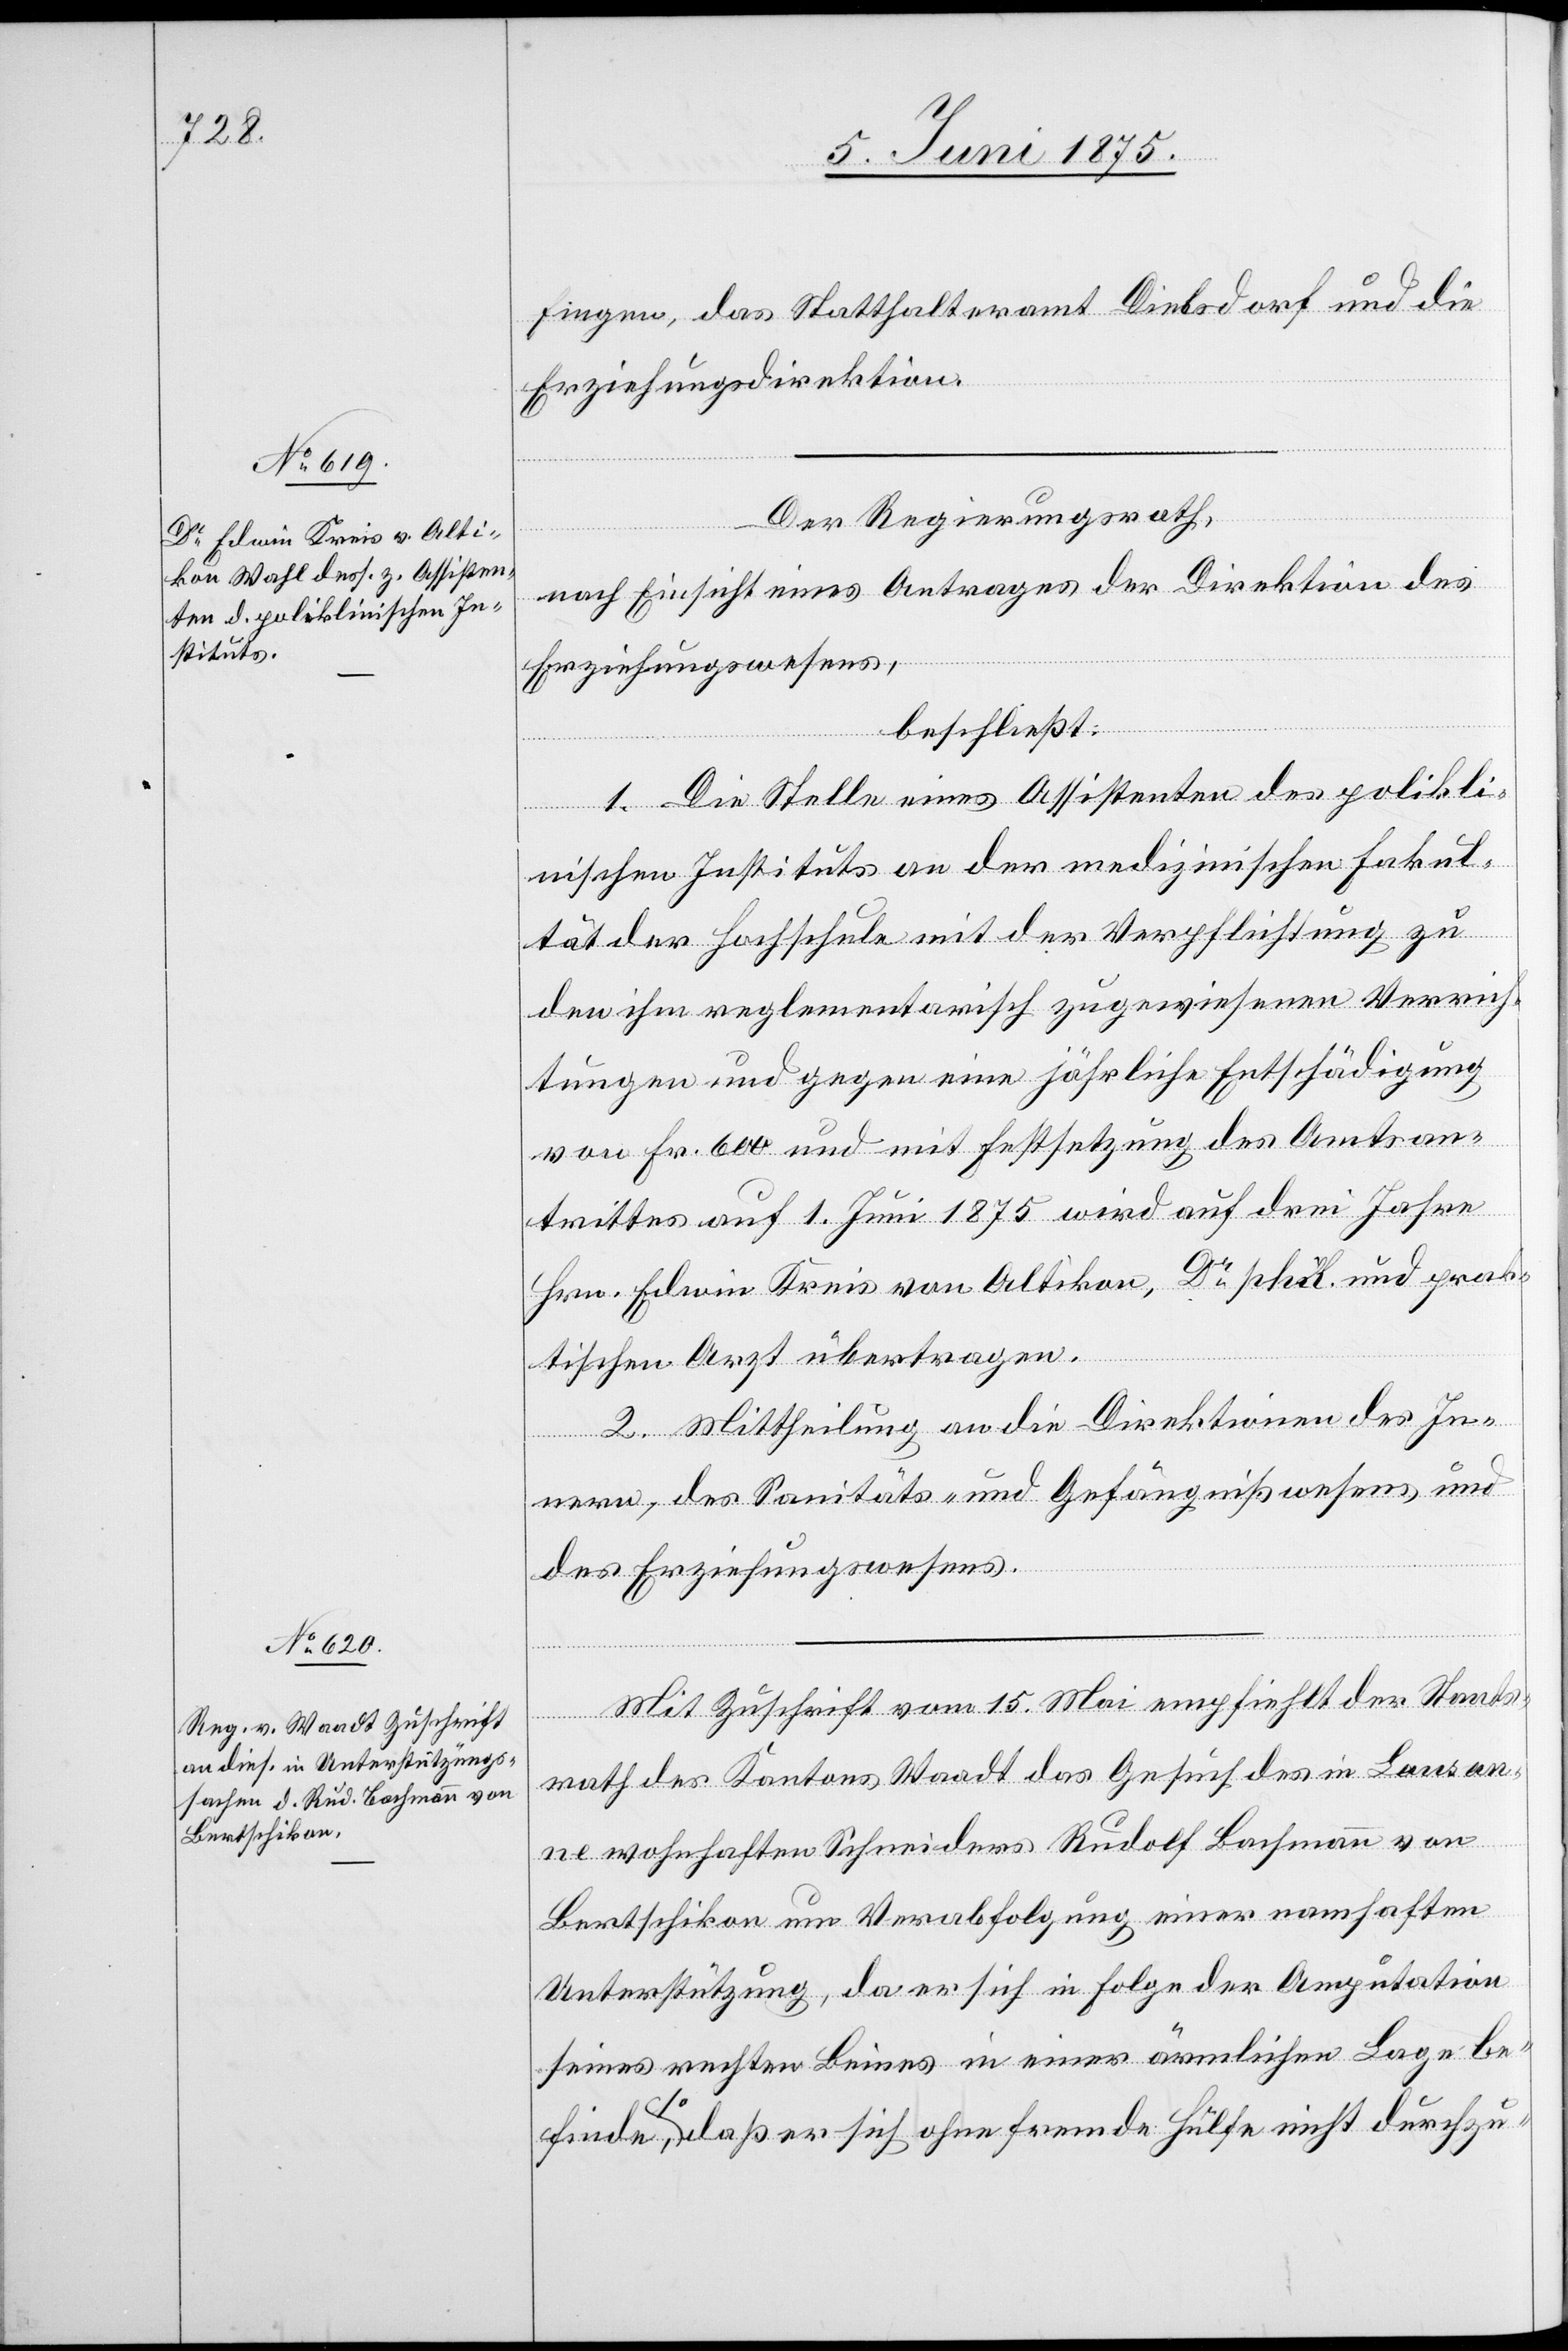
fingen, das Statthalteramt Dielsdorf und die
Erziehungsdirektion.
Der Regierungsrath,
nach Einsicht eines Antrages der Direktion des
Erziehungswesens,
beschließt:
1. Die Stelle eines Assistenten des polikli¬
nischen Instituts an der medizinischen Fakul¬
tät der Hochschule mit der Verpflichtung zu
den ihm reglementarisch zugewiesenen Verrich¬
tungen und gegen eine jährliche Entschädigung
von Fr. 600 und mit Festsetzung des Amtsan¬
trittes auf 1. Juni 1875 wird auf drei Jahre
Hrn. Edwin Kreis von Altikon, Dr Pful und prak¬
tischen Arzt übertragen.
2. Mittheilung an die Direktionen des in¬
nern, des Sanitäts- und Gefängnißwesens, und
des Erzeihungswesens.
Mit Zuschrift vom 15. Mai empfiehlt der Staats¬
rath des Kantons Waadt das Gesuch des in Lausan¬
ne wohnhaften Schneiders Rudolf Bachmann von
Bertschikon um Verabfolgung einer namhaften
Unterstützung, da er sich in Folge der Amputation
seines rechten Beines in einer ärmlichen Lage be¬
finde, so daß er sich ohne fremde Hilfe nicht durchzu-